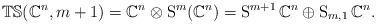
LaTeX: \begin{align*}\mathbb{TS}(\mathbb C^n,m+1)=\mathbb{C}^n\otimes \operatorname{S}^m(\mathbb{C}^n)= \operatorname{S}^{m+1} \mathbb{C}^n\oplus \operatorname{S}_{m,1}\mathbb{C}^n.\end{align*}